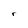
Character: r